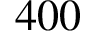
4 0 0